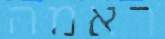
ראמה